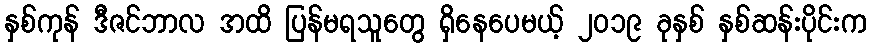
နှစ်ကုန် ဒီဇင်ဘာလ အထိ ပြန်မရသူတွေ ရှိနေပေမယ့် ၂၀၁၉ ခုနှစ် နှစ်ဆန်းပိုင်းက